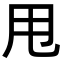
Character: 甩